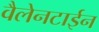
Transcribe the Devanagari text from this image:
वैलेनटाईन